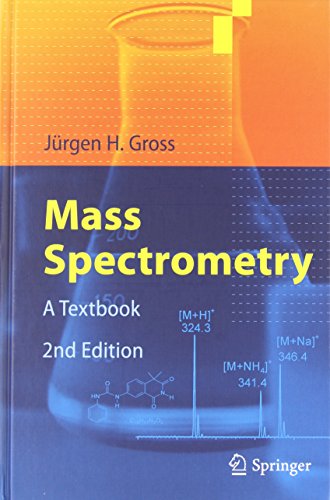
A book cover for Mass Spectrometry: A Textbook; JÃ¼rgen H Gross; Medical Books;